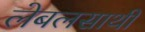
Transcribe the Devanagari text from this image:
लेबलसाथी